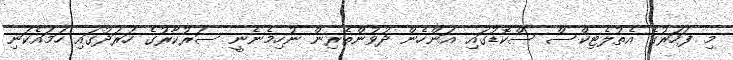
މި ފަހަރުގެ އެތުލެޓިކްސް ސްކޮޑުގައި އަންހެން ދުވުންތެރިން ނުހިމެނެނީ ސަރުކާރުގެ ހަރަދުގައި ހަމައެކަނި